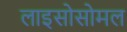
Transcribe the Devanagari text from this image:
लाइसोसोमल